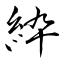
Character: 紣